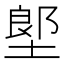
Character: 𡏅